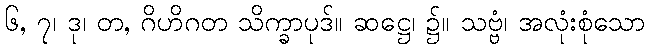
၆, ၇၊ ဒု၊ တ, ဂိဟိဂတ သိက္ခာပုဒ်။ ဆဋ္ဌေ၊ ၌။ သဗ္ဗံ၊ အလုံးစုံသော